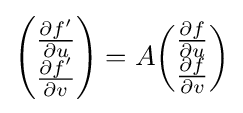
{\begin{pmatrix}{\frac {\partial f'}{\partial u}}\\{\frac {\partial f'}{\partial v}}\end{pmatrix}}=A{\begin{pmatrix}{\frac {\partial f}{\partial u}}\\{\frac {\partial f}{\partial v}}\end{pmatrix}}